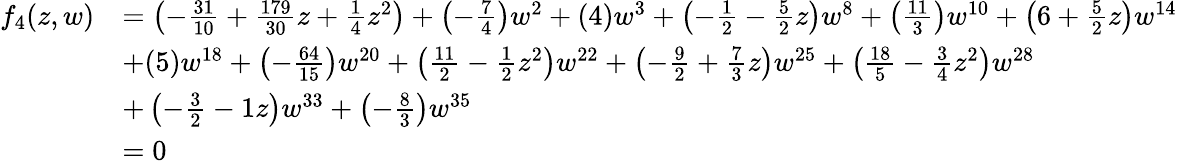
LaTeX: \begin{array}{rl}{f_{4}(z,w)}&{=\left(-\frac{31}{10}+\frac{179}{30}z+\frac{1}{4}z^{2}\right)+\left(-\frac{7}{4}\right)w^{2}+(4)w^{3}+\left(-\frac{1}{2}-\frac{5}{2}z\right)w^{8}+\left(\frac{11}{3}\right)w^{10}+\left(6+\frac{5}{2}z\right)w^{14}}\\ &{+(5)w^{18}+\left(-\frac{64}{15}\right)w^{20}+\left(\frac{11}{2}-\frac{1}{2}z^{2}\right)w^{22}+\left(-\frac{9}{2}+\frac{7}{3}z\right)w^{25}+\left(\frac{18}{5}-\frac{3}{4}z^{2}\right)w^{28}}\\ &{+\left(-\frac{3}{2}-1z\right)w^{33}+\left(-\frac{8}{3}\right)w^{35}}\\ &{=0}\end{array}